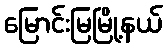
မြောင်းမြမြို့နယ်